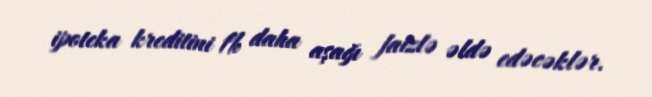
ipoteka kreditini 1% daha aşağı faizlə əldə edəcəklər.